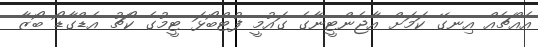
އެއްޗެއް އިނގޭ ކަމަށް އާޖެންޓީނާގެ ގައުމީ ފުޓްބޯޅަ ޓީމުގެ ކޯޗު އެޑްގާޑޯ ބޯޒާ